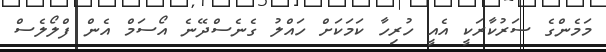
މަމެންގެ ސަރުކާރަކީ އެއީ ހުރިހާ ކަމަކަށް ހައްލު ގެނެސްދޭނެ އޯސަމް އެން ފްލޯލެސް